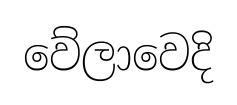
වේලාවෙදි